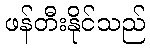
ဖန်တီးနိုင်သည်